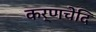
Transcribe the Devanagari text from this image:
कर्णचेदि